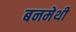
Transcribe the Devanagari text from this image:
बनमेथी